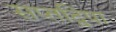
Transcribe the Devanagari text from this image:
सप्तद्विपा